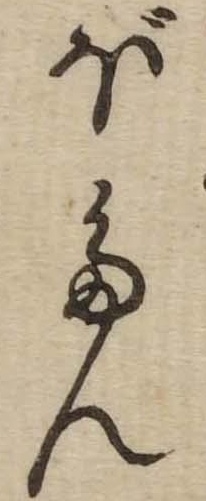
ぼたん